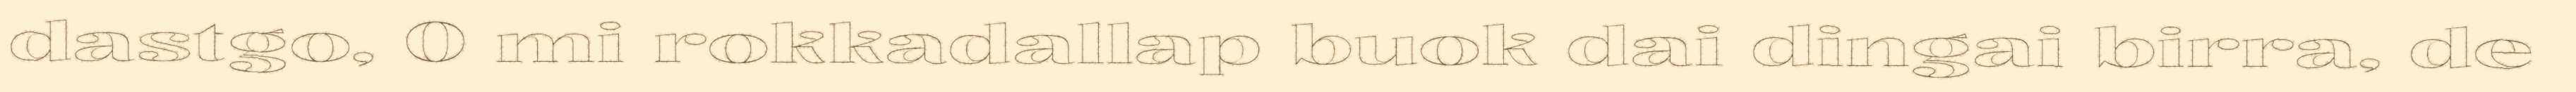
dastgo, 0 mi rokkadallap buok dai dingai birra, de